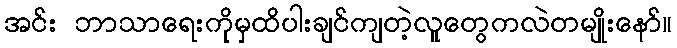
အင်း ဘာသာရေးကိုမှထိပါးချင်ကျတဲ့လူတွေကလဲတမျိုးနော်။